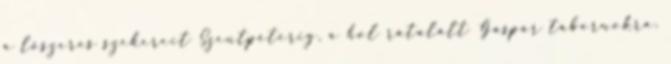
a lőszeres szekereit Szentpéterig, a hol rátalált Gáspár tábornokra.